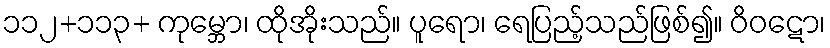
၁၁၂+၁၁၃+ ကုမ္ဘော၊ ထိုအိုးသည်။ ပူရော၊ ရေပြည့်သည်ဖြစ်၍။ ဝိဝဋော၊